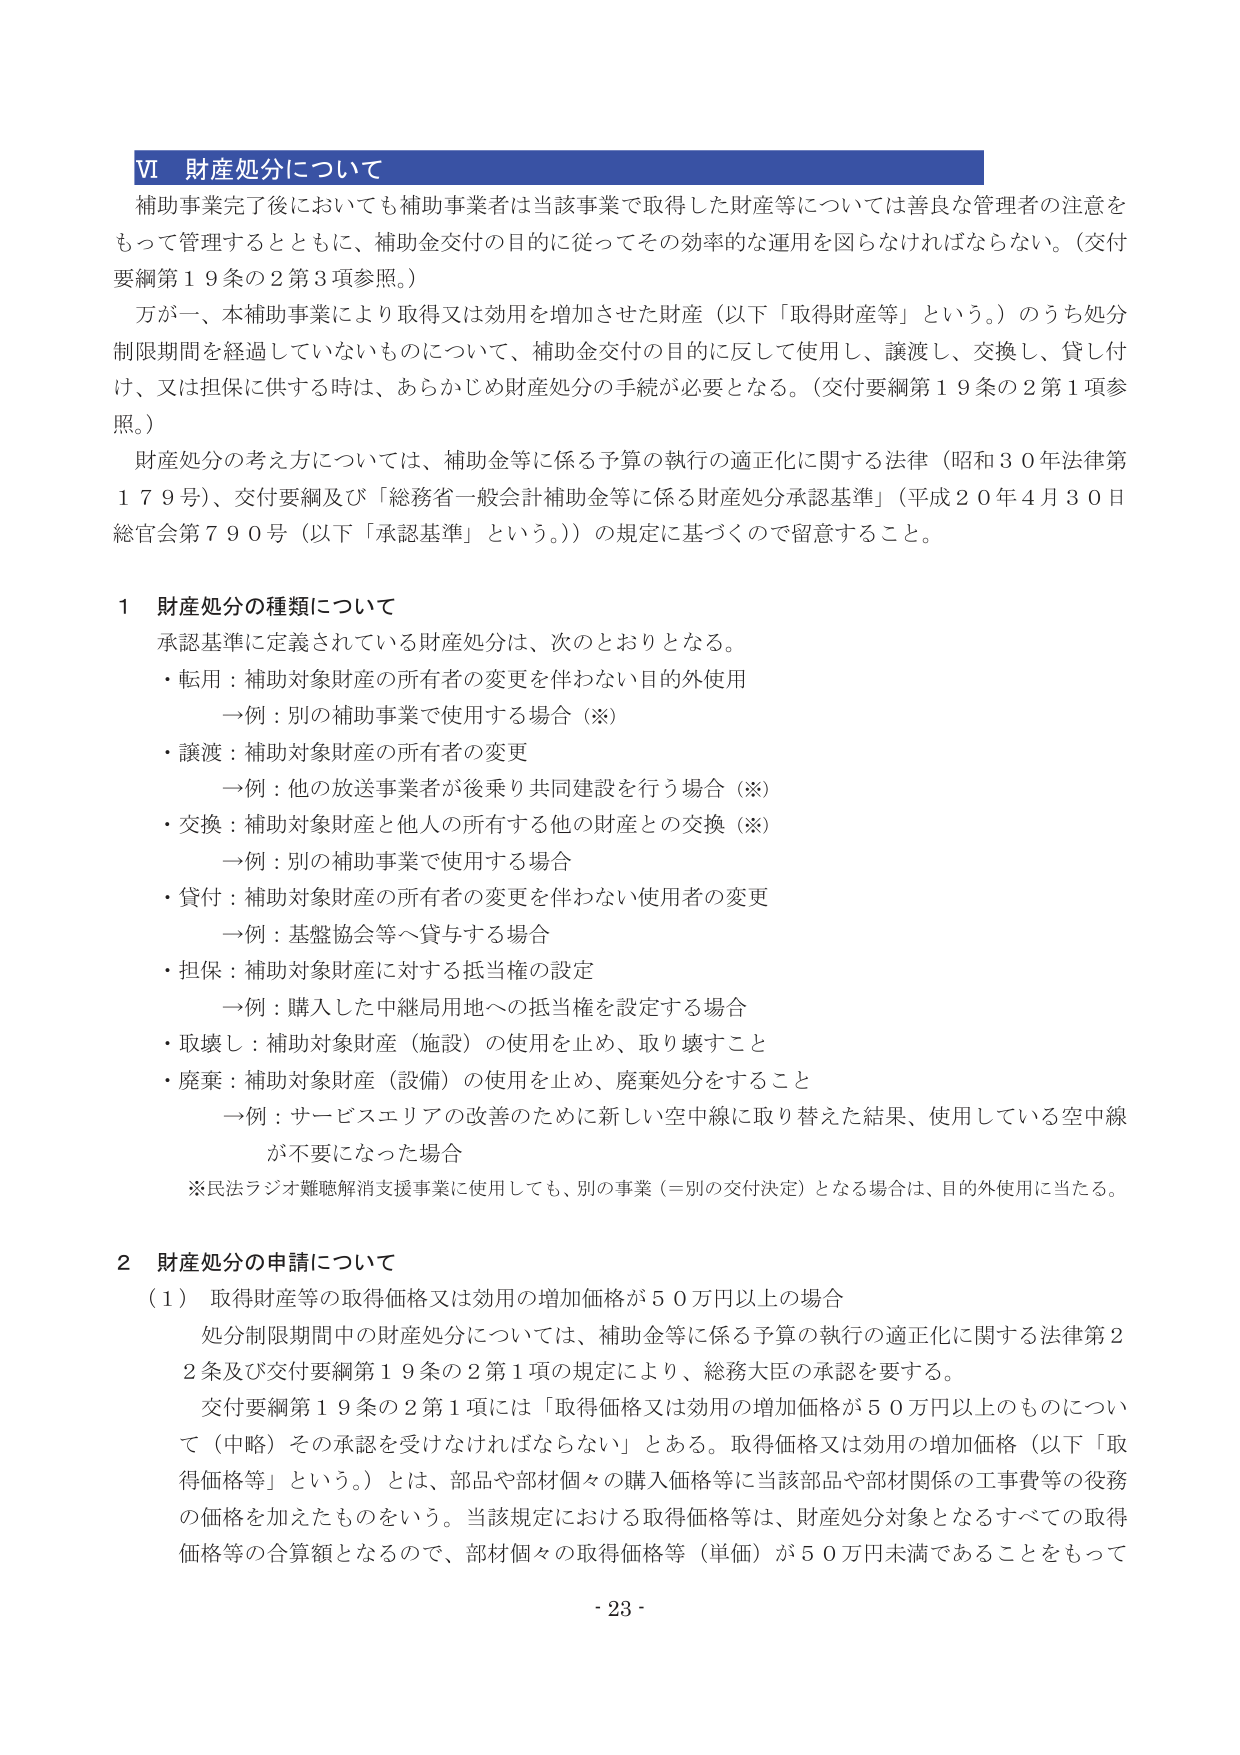
VI 財産処分について
補助事業完了後においても補助事業者は当該事業で取得した財産等については善良な管理者の注意をもって管理するとともに、補助金交付の目的に従ってその効率的な運用を図らなければならない。（交付要綱第19条の2第3項参照。）
万が一、本補助事業により取得又は効用を増加させた財産（以下「取得財産等」という。）のうち処分制限期間を経過していないものについて、補助金交付の目的に反して使用し、譲渡し、交換し、貸し付け、又は担保に供する時は、あらかじめ財産処分の手続が必要となる。（交付要綱第19条の2第1項参照。）
財産処分の考え方については、補助金等に係る予算の執行の適正化に関する法律（昭和30年法律第179号）、交付要綱及び「総務省一般会計補助金等に係る財産処分承認基準」（平成20年4月30日総官会第790号（以下「承認基準」という。））の規定に基づくので留意すること。

1 財産処分の種類について
承認基準に定義されている財産処分は、次のとおりとなる。
・転用：補助対象財産の所有者の変更を伴わない目的外使用
　→例：別の補助事業で使用する場合（※）
・譲渡：補助対象財産の所有者の変更
　→例：他の放送事業者が後乗り共同建設を行う場合（※）
・交換：補助対象財産と他人の所有する他の財産との交換（※）
　→例：別の補助事業で使用する場合
・貸付：補助対象財産の所有者の変更を伴わない使用者の変更
　→例：基盤協会等へ貸与する場合
・担保：補助対象財産に対する抵当権の設定
　→例：購入した中継局用地への抵当権を設定する場合
・取壊し：補助対象財産（施設）の使用を止め、取り壊すこと
・廃棄：補助対象財産（設備）の使用を止め、廃棄処分をすること
　→例：サービスエリアの改善のために新しい空中線に取り替えた結果、使用している空中線が不要になった場合
※民法ラジオ難聴解消支援事業に使用しても、別の事業（＝別の交付決定）となる場合は、目的外使用に当たる。

2 財産処分の申請について
（1）取得財産等の取得価格又は効用の増加価格が50万円以上の場合
　処分制限期間中の財産処分については、補助金等に係る予算の執行の適正化に関する法律第22条及び交付要綱第19条の2第1項の規定により、総務大臣の承認を要する。
　交付要綱第19条の2第1項には「取得価格又は効用の増加価格が50万円以上なものについて（中略）その承認を受けなければならない」とある。取得価格又は効用の増加価格（以下「取得価格等」という。）とは、部品や部材個々の購入価格等に当該部品や部材関係の工事費等の役務の価格を加えたものをいう。当該規定における取得価格等は、財産処分対象となるすべての取得価格等の合算額となるので、部材個々の取得価格等（単価）が50万円未満であることをもって

- 23 -